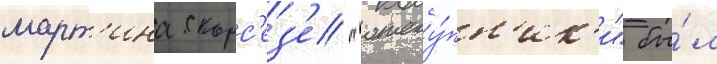
март'ина скорс'ез'е "отсту́пн'ик'и" бы́л